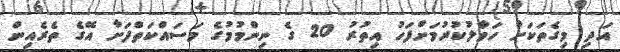
އަދި މިގެތަކަށް ހަވާލުކުރުމަށްފަހު އިތުރު 20 ގެ ނިންމުމުގެ މަސައްކަތްފަށާ އޭގެ ތެރެއިން